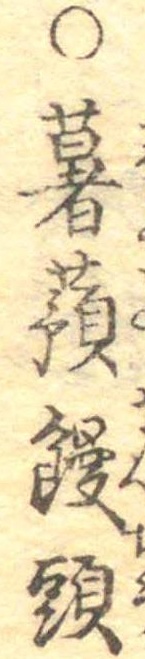
○薯蕷饅頭